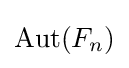
\mathrm {Aut} (F_{n})